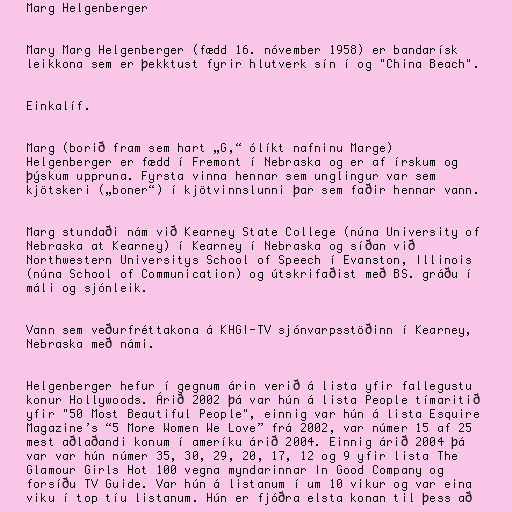
Marg Helgenberger

Mary Marg Helgenberger (fædd 16. nóvember 1958) er bandarísk
leikkona sem er þekktust fyrir hlutverk sín í og "China Beach".

Einkalíf.

Marg (borið fram sem hart „G,“ ólíkt nafninu Marge)
Helgenberger er fædd í Fremont í Nebraska og er af írskum og
þýskum uppruna. Fyrsta vinna hennar sem unglingur var sem
kjötskeri („boner“) í kjötvinnslunni þar sem faðir hennar vann.

Marg stundaði nám við Kearney State College (núna University of
Nebraska at Kearney) í Kearney í Nebraska og síðan við
Northwestern Universitys School of Speech í Evanston, Illinois
(núna School of Communication) og útskrifaðist með BS. gráðu í
máli og sjónleik.

Vann sem veðurfréttakona á KHGI-TV sjónvarpsstöðinn í Kearney,
Nebraska með námi.

Helgenberger hefur í gegnum árin verið á lista yfir fallegustu
konur Hollywoods. Árið 2002 þá var hún á lista People tímaritið
yfir "50 Most Beautiful People", einnig var hún á lista Esquire
Magazine’s “5 More Women We Love” frá 2002, var númer 15 af 25
mest aðlaðandi konum í ameríku árið 2004. Einnig árið 2004 þá
var var hún númer 35, 30, 29, 20, 17, 12 og 9 yfir lista The
Glamour Girls Hot 100 vegna myndarinnar In Good Company og
forsíðu TV Guide. Var hún á listanum í um 10 vikur og var eina
viku í top tíu listanum. Hún er fjóðra elsta konan til þess að